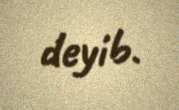
deyib.